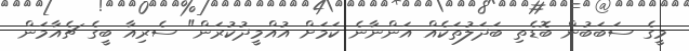
މީގެ ސަބަބުން ބޮޑެތި ބަދަލުތަކެއް އަންނާނެ ކަމަށް އުއްމީދުކުރަން" ސެރިއާ ބީގެ ޗެއާމަން